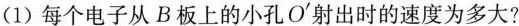
(1)每个电子从B板上的小孔O'射出时的速度为多大?